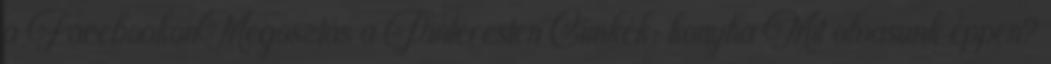
a FacebookonMegosztás a Pinteresten Címkék: konyha Mit olvasunk éppen?